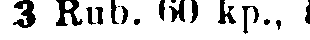
3 Rub. 60 kp., å